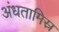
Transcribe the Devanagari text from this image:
अंधतामिस्र